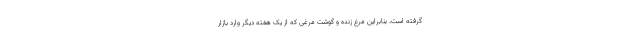
گرفته است، بنابراین مرغ زنده و گوشت مرغی که از یک هفته دیگر وارد بازار